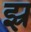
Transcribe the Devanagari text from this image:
झ्र